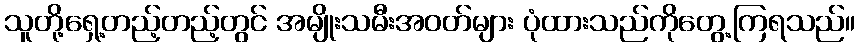
သူတို့ရှေ့တည့်တည့်တွင် အမျိုးသမီးအဝတ်များ ပုံထားသည်ကိုတွေ့ကြရသည်။